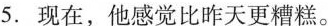
5.现在,他感觉比昨天更糟糕.。